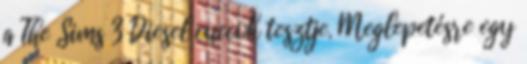
a The Sims 3 Diesel cuccok tesztje. Meglepetésre egy